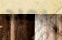
العبد